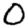
Digit: 0